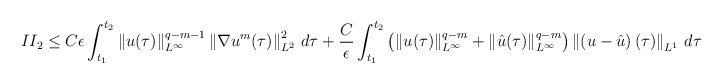
\begin{align*}\begin{aligned}II_2\leq C\epsilon\int_{t_1}^{t_2}\left\|u(\tau)\right\|_{L^{\infty}}^{q-m-1}\left\|\nabla u^{m}(\tau)\right\|^2_{L^2}\,d\tau+\frac{C}{\epsilon}\int_{t_1}^{t_2}\left(\left\|u(\tau)\right\|_{L^{\infty}}^{q-m}+\left\|\hat{u}(\tau)\right\|_{L^{\infty}}^{q-m}\right)\left\|\left(u-\hat{u}\right)(\tau)\right\|_{L^{1}}\,d\tau\end{aligned}\end{align*}